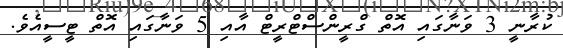
ކުރާނީ 3 ވަނާގައި އޮތް ގްރީންސްޓްރީޓް އާއި 5 ވަނާގައި އޮތް ޓީސީއެވެ.